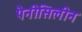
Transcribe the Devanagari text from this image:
पैनीसिलीन